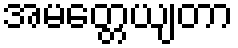
အမတ္တေယျတာ